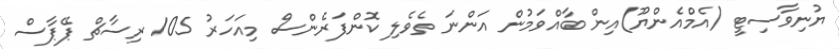
ޔުނިވާސިޓީ (އެމްއެންޔޫ)އިން ބާއްވަމުން އަންނަ ތެވެލި ކޮންފަރެންސް މިއަހަރު 105 ރިސާޗް ޕޭޕާސް